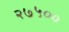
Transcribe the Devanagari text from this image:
२७५००